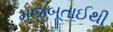
મજબૂતાઈથી